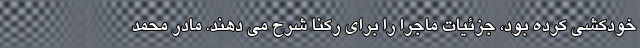
خودکشی کرده بود، جزئیات ماجرا را برای رکنا شرح می دهند. مادر محمد